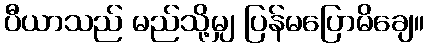
ပီယာသည် မည်သို့မျှ ပြန်မပြောမိချေ။